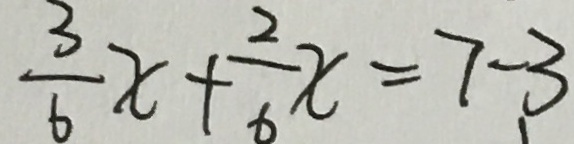
\frac { 3 } { 6 } x + \frac { 2 } { 6 } x = 7 - 3 ,